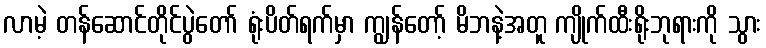
လာမဲ့ တန်ဆောင်တိုင်ပွဲတော် ရုံးပိတ်ရက်မှာ ကျွန်တော့် မိဘနဲ့အတူ ကျိုက်ထီးရိုးဘုရားကို သွား